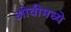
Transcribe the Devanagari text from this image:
ओवीमध्ये